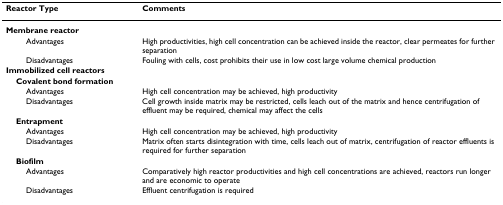
<table><thead><tr><td><b>Reactor Type</b></td><td><b>Comments</b></td></tr></thead><tbody><tr><td><b>Membrane reactor</b></td><td></td></tr><tr><td>Advantages</td><td>High productivities, high cell concentration can be achieved inside the reactor, clear permeates for further separation</td></tr><tr><td>Disadvantages</td><td>Fouling with cells, cost prohibits their use in low cost large volume chemical production</td></tr><tr><td><b>Immobilized cell reactors</b></td><td></td></tr><tr><td> <b>Covalent bond formation</b></td><td></td></tr><tr><td>Advantages</td><td>High cell concentration may be achieved, high productivity</td></tr><tr><td>Disadvantages</td><td>Cell growth inside matrix may be restricted, cells leach out of the matrix and hence centrifugation of effluent may be required, chemical may affect the cells</td></tr><tr><td> <b>Entrapment</b></td><td></td></tr><tr><td>Advantages</td><td>High cell concentration may be achieved, high productivity</td></tr><tr><td>Disadvantages</td><td>Matrix often starts disintegration with time, cells leach out of matrix, centrifugation of reactor effluents is required for further separation</td></tr><tr><td> <b>Biofilm</b></td><td></td></tr><tr><td>Advantages</td><td>Comparatively high reactor productivities and high cell concentrations are achieved, reactors run longer and are economic to operate</td></tr><tr><td>Disadvantages</td><td>Effluent centrifugation is required</td></tr></tbody></table>